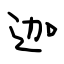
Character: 迦